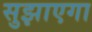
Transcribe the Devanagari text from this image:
सुझाएगा